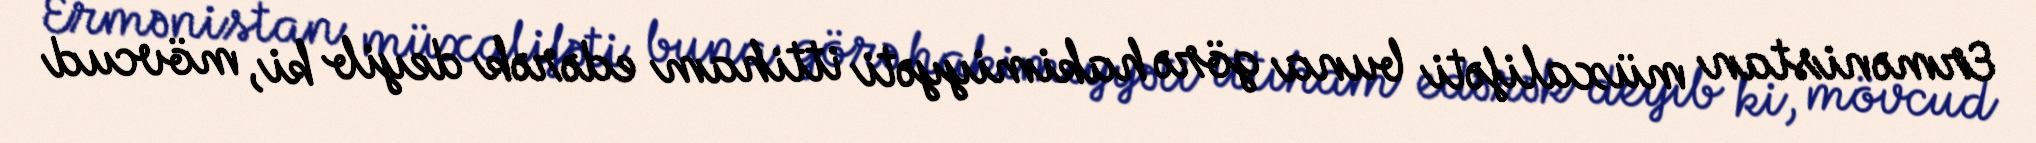
Ermənistan müxalifəti buna görə hakimiyyəti ittiham edərək deyib ki, mövcud